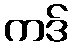
ကဒ်